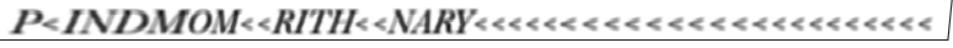
P<INDMOM<<RITH<<NARY<<<<<<<<<<<<<<<<<<<<<<<<